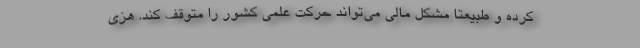
کرده و طبیعتا مشکل مالی می‌تواند حرکت علمی کشور را متوقف کند. هزی